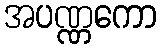
အပဏ္ဏကော